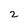
Character: 2